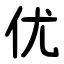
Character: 优